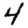
Digit: 4